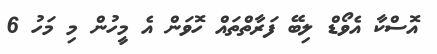
އޮސްކާ އެވޯޑް ލިބޭ ފަރާތްތައް ހޮވަން އެ މީހުން މި މަހު 6